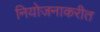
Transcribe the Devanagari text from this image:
नियोजनाकरीत